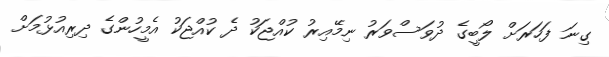
ގިނަ ފަހަރަށް ލޯބީގެ ދުވަސްވަރު ނިމޭއިރު ކުއްޖަކު ދެ ކުއްޖަކު އެމީހުންގެ ދިރިއުޅުމަށް